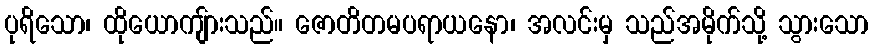
ပုရိသော၊ ထိုယောကျ်ားသည်။ ဇောတိတမပရာယနော၊ အလင်းမှ သည်အမိုက်သို့ သွားသော